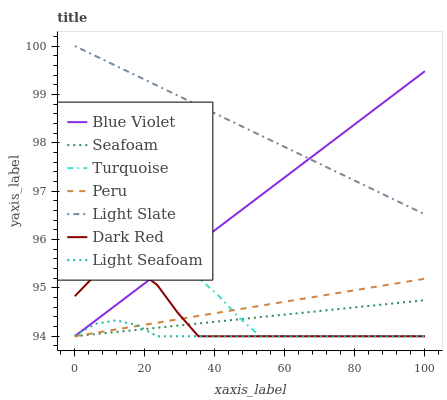
| xaxis_label | Blue Violet | Seafoam | Turquoise | Peru | Light Slate | Dark Red | Light Seafoam |
 | --- | --- | --- | --- | --- | --- | --- | --- |
 | 0 | 94 | 94 | 96.1 | 94 | 100 | 94.8 | 94 |
 | 5.88 | 94.3 | 94 | 96.1 | 94.1 | 99.8 | 95.3 | 94.3 |
 | 11.8 | 94.6 | 94.1 | 96.1 | 94.1 | 99.6 | 95.5 | 94.3 |
 | 17.6 | 95 | 94.1 | 96 | 94.2 | 99.4 | 95.4 | 94.2 |
 | 23.5 | 95.3 | 94.2 | 95.8 | 94.3 | 99.2 | 95.1 | 94 |
 | 29.4 | 95.6 | 94.2 | 95.5 | 94.3 | 99 | 94.5 | 94 |
 | 35.3 | 95.9 | 94.3 | 95.2 | 94.4 | 98.8 | 94 | 94 |
 | 41.2 | 96.3 | 94.3 | 94.8 | 94.5 | 98.6 | 94 | 94 |
 | 47.1 | 96.6 | 94.4 | 94.4 | 94.6 | 98.4 | 94 | 94 |
 | 52.9 | 96.9 | 94.4 | 94 | 94.6 | 98.2 | 94 | 94 |
 | 58.8 | 97.2 | 94.4 | 94 | 94.7 | 98 | 94 | 94 |
 | 64.7 | 97.5 | 94.5 | 94 | 94.8 | 97.7 | 94 | 94 |
 | 70.6 | 97.9 | 94.5 | 94 | 94.8 | 97.5 | 94 | 94 |
 | 76.5 | 98.2 | 94.6 | 94 | 94.9 | 97.3 | 94 | 94 |
 | 82.4 | 98.5 | 94.6 | 94 | 95 | 97.1 | 94 | 94 |
 | 88.2 | 98.8 | 94.7 | 94 | 95 | 96.9 | 94 | 94 |
 | 94.1 | 99.2 | 94.7 | 94 | 95.1 | 96.7 | 94 | 94 |
 | 100 | 99.5 | 94.7 | 94 | 95.2 | 96.5 | 94 | 94 |